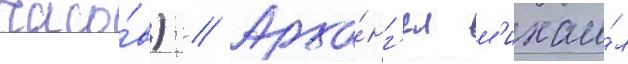
часо́в) // Арха́нг'ел м'ихаи́л